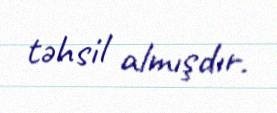
təhsil almışdır.